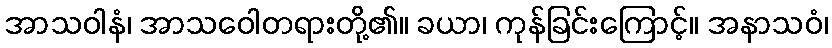
အာသဝါနံ၊ အာသဝေါတရားတို့၏။ ခယာ၊ ကုန်ခြင်းကြောင့်။ အနာသဝံ၊